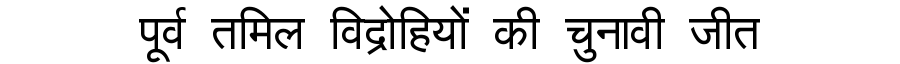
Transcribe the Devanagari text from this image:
पूर्व तमिल विद्रोहियों की चुनावी जीत